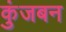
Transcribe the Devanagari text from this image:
कुंजबन